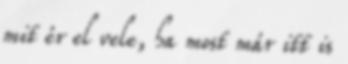
mit ér el vele, ha most már itt is